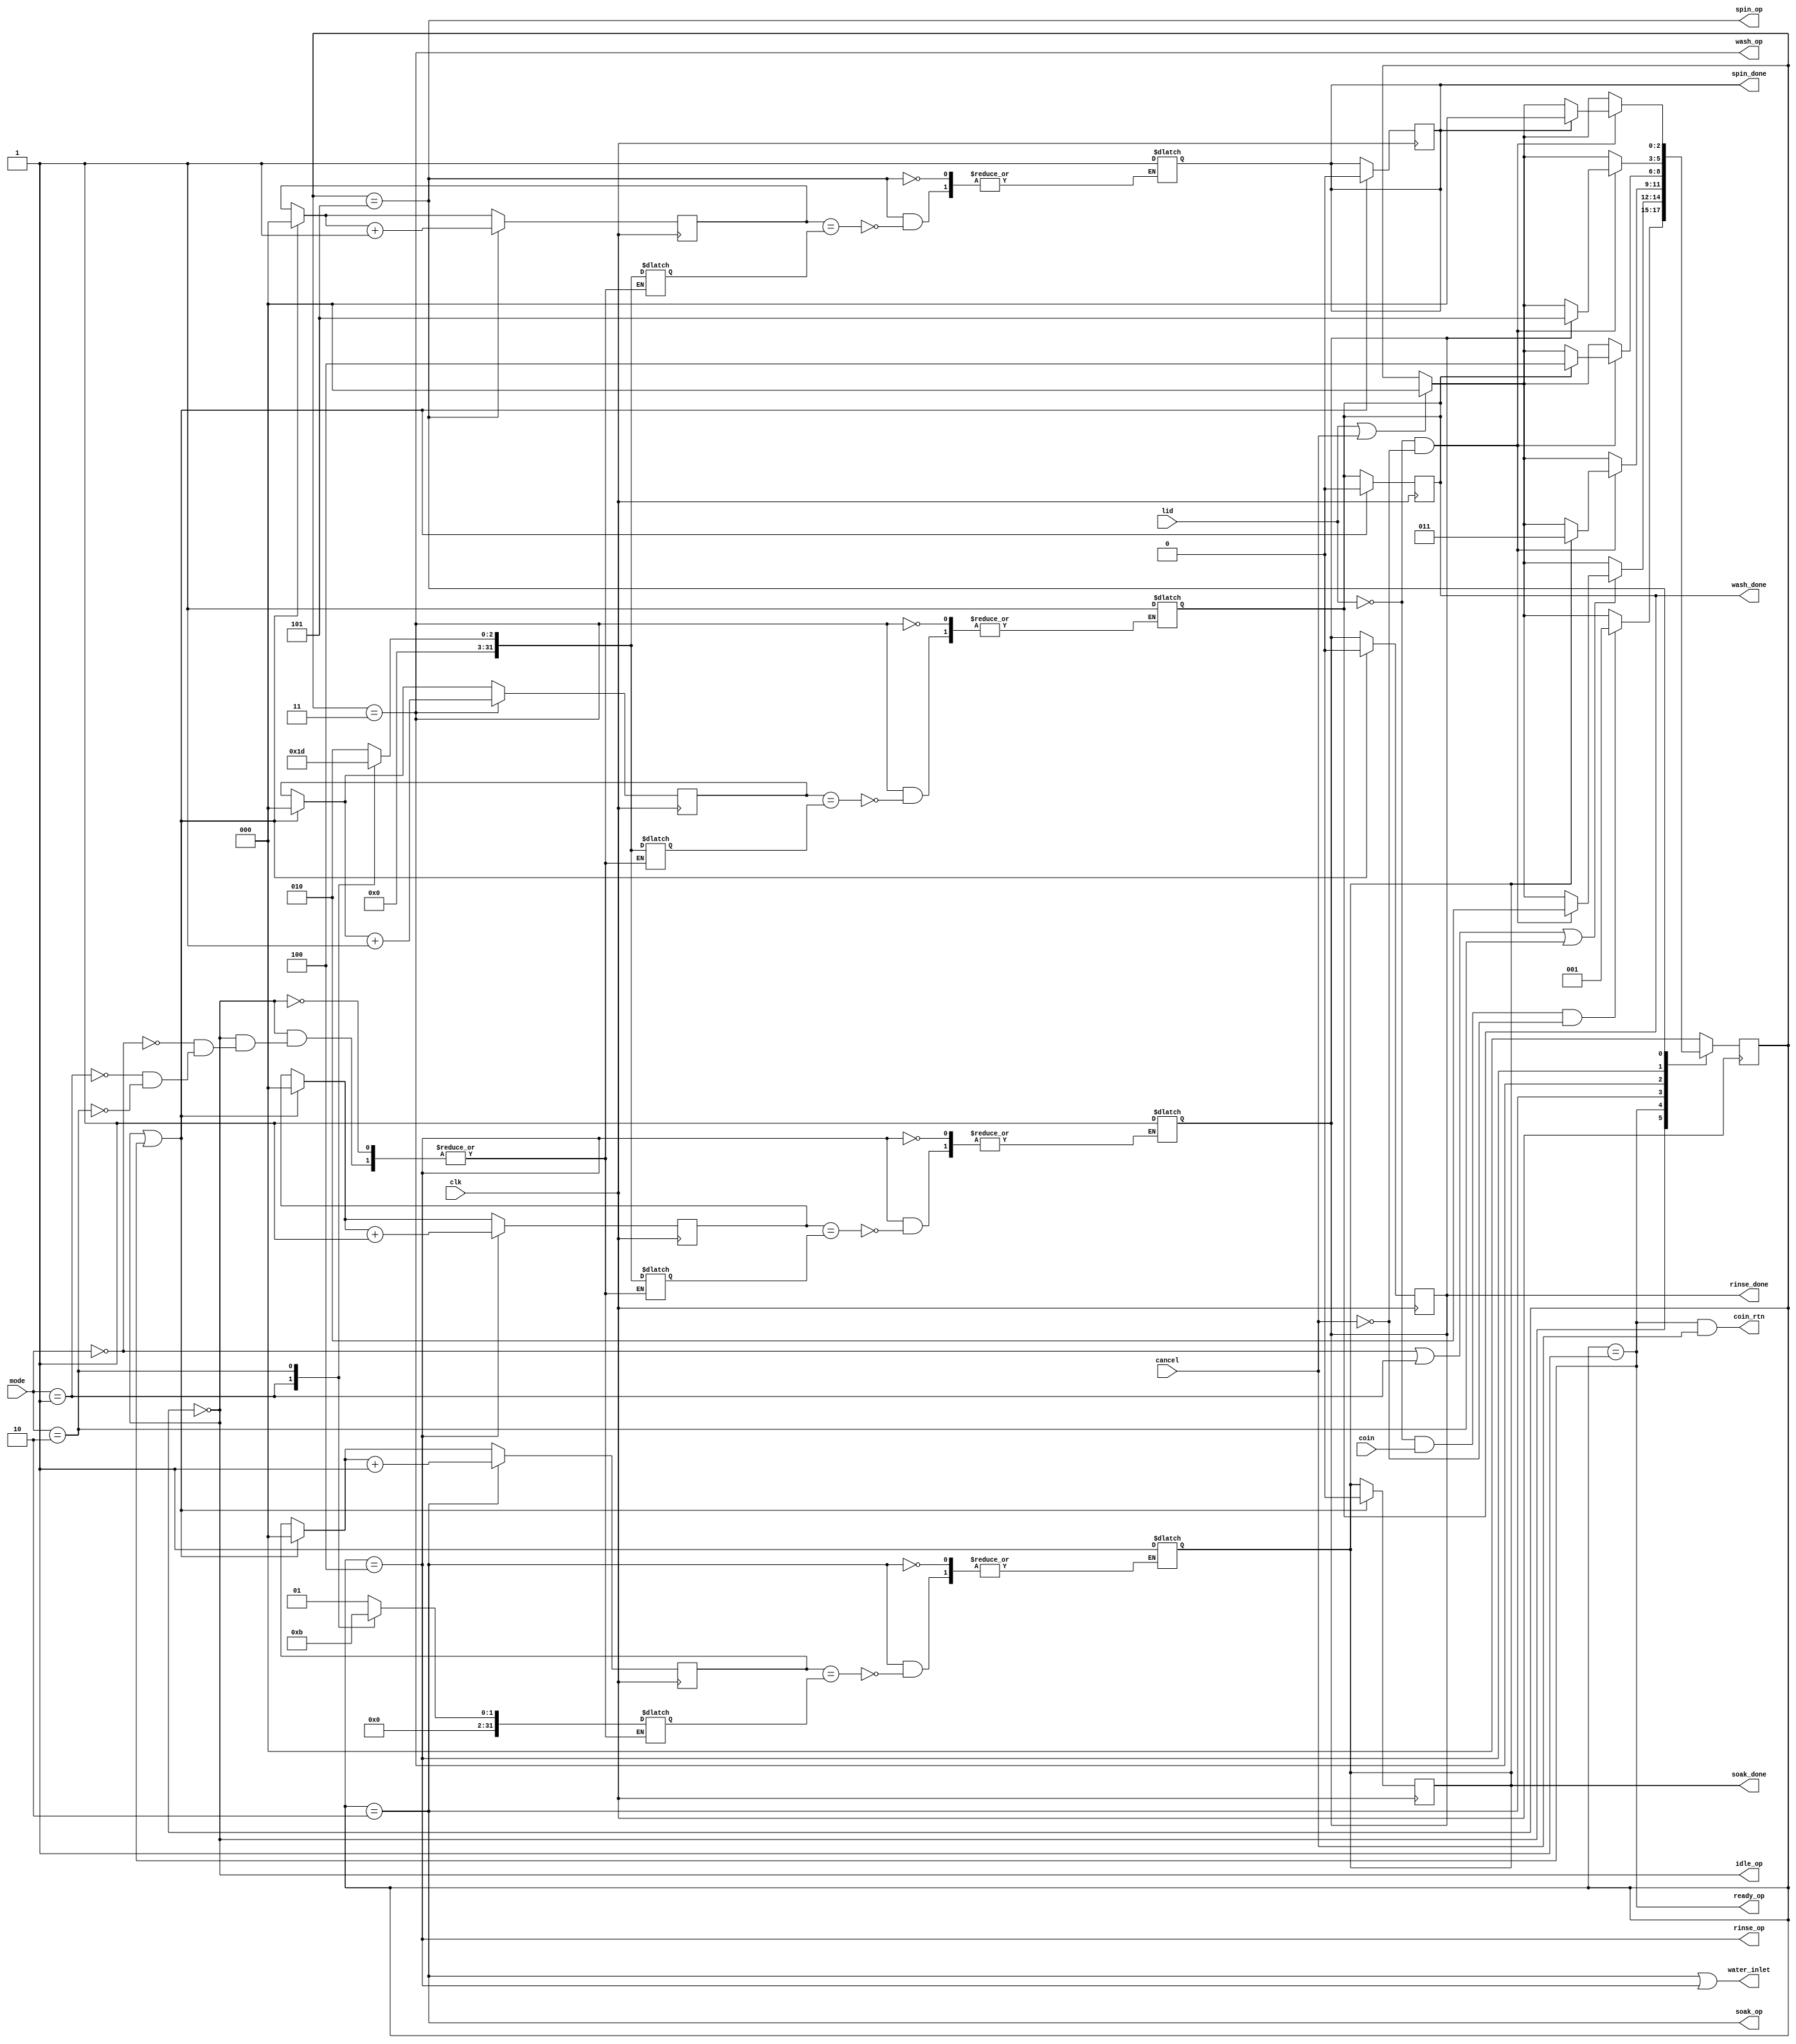
`timescale 1ns / 1ps
module washing_machine_ctrl
(
    input clk,
    input wire lid, coin, cancel,
    input wire [1:0] mode,
    output wire idle_op, ready_op, soak_op, wash_op, rinse_op, spin_op,
    output wire coin_rtn, water_inlet, 
    output reg soak_done, wash_done, rinse_done, spin_done
);

localparam[1:0]
    MODE1 = 0,
    MODE2 = 1,
    MODE3 = 2,
    NOSEL = 4;
        
reg [2:0] wash_Counter, rinse_Counter, spin_Counter, soak_Counter;

    parameter IDLE = 3'd0 ;
    parameter READY = 3'd1;
    parameter SOAK = 3'd2;
    parameter WASH = 3'd3;
    parameter RINSE = 3'd4;
    parameter SPIN = 3'd5;
    
    integer SOAK_TIME;
    integer WASH_TIME;
    integer RINSE_TIME;
    integer SPIN_TIME;
	
	/* mode1
       Soak  : 1 mins
       Wash  : 2 mins
       Rinse : 2 mins
       Spin  : 2 mins   
	   
	   mode2 
       Soak  : 2 mins
       Wash  : 3 mins
       Rinse : 3 mins
       Spin  : 3 mins   
	   
	   mode3 
       Soak  : 3 mins
       Wash  : 5 mins
       Rinse : 5 mins
       Spin  : 5 mins   */
    
// signal declaration
reg [2:0] r_reg, r_next;
    
always @(posedge clk)
    begin
        r_reg = r_next;
    end

always @ (negedge clk) begin 
    if (r_reg == IDLE || r_reg == READY) begin
        wash_Counter = 0;
        rinse_Counter = 0;
        spin_Counter = 0;
        soak_Counter = 0;
        wash_done = 0;
        rinse_done = 0;
        spin_done = 0; 
        soak_done = 0;
    end 

    case (r_reg)    
        SOAK:        
            soak_Counter = soak_Counter + 1'd1;            
        WASH: 
            wash_Counter = wash_Counter + 1'd1;               
        RINSE: 
            rinse_Counter = rinse_Counter + 1'd1;         
        SPIN: 
            spin_Counter = spin_Counter + 1'd1;               
    endcase
end

// next-state logic + MODE logic
always @*
begin
    r_next <= r_reg;
    if (lid == 1 || cancel == 1)
        r_next  <= IDLE;
        
    case(r_reg)
    IDLE:   begin
        if(lid == 0 && coin == 1 && cancel == 0)
            r_next <= READY;
            case(mode)
                MODE1:  begin
                    SOAK_TIME = 1;
                    WASH_TIME = 2;
                    RINSE_TIME = 2;
                    SPIN_TIME = 2;
                  end
            
                MODE2: begin
                    SOAK_TIME = 2;
                    WASH_TIME = 3;
                    RINSE_TIME = 3;
                    SPIN_TIME = 3;
              end
            
                MODE3: begin
                    SOAK_TIME = 3;
                    WASH_TIME = 5;
                    RINSE_TIME = 5;
                    SPIN_TIME = 5;
              end
            endcase
          end
    
    READY:
        if (mode == 2'b00 || mode == 2'b01 || mode == 2'b10)
            if (lid == 0 && cancel == 0)
                r_next <= SOAK;

    SOAK:   begin
        if (soak_Counter == SOAK_TIME)
            soak_done <= 1;
        if (lid == 0 && cancel == 0)
            if(soak_done)
                r_next <= WASH;
      end
         
    WASH:   begin
        if (wash_Counter == WASH_TIME)
            wash_done <= 1;
        if (lid == 0 && cancel == 0)
            if(wash_done)
                r_next <= RINSE;
      end
            
    RINSE:  begin
        if (rinse_Counter == RINSE_TIME)
            rinse_done <= 1;
        if (lid == 0 && cancel == 0)
            if(rinse_done)
                r_next <= SPIN;
      end
      
    SPIN:   begin
        if (spin_Counter == SPIN_TIME)
            spin_done <= 1;   
        if (lid == 0 && cancel == 0)
            if(spin_done)
                r_next <= IDLE;       
      end
            
    default: r_next <= IDLE;
    
    endcase

end

//output logic
assign idle_op = (r_reg == IDLE);
assign ready_op = (r_reg ==READY);
assign soak_op = (r_reg == SOAK);
assign wash_op = (r_reg == WASH);
assign rinse_op = (r_reg == RINSE);
assign spin_op = (r_reg == SPIN);
assign coin_rtn = (r_reg == READY) && (cancel == 1);
assign water_inlet = (r_reg == SOAK) || (r_reg == RINSE);

endmodule